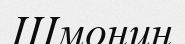
Шмонин